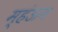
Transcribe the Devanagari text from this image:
म्हंऊन